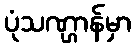
ပုံသဏ္ဌာန်မှာ